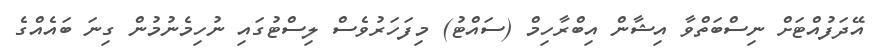
އޭދަފުއްޓަށް ނިސްބަތްވާ އިޝާން އިބްރާހިމް (ސައްޓު) މިފަހަރުވެސް ލިސްޓުގައި ނުހިމެނުމުން ގިނަ ބައެއްގެ